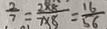
\frac { 2 } { 7 } = \frac { 2 \times 8 } { 7 \times 8 } = \frac { 1 6 } { 5 6 }